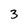
Character: 3